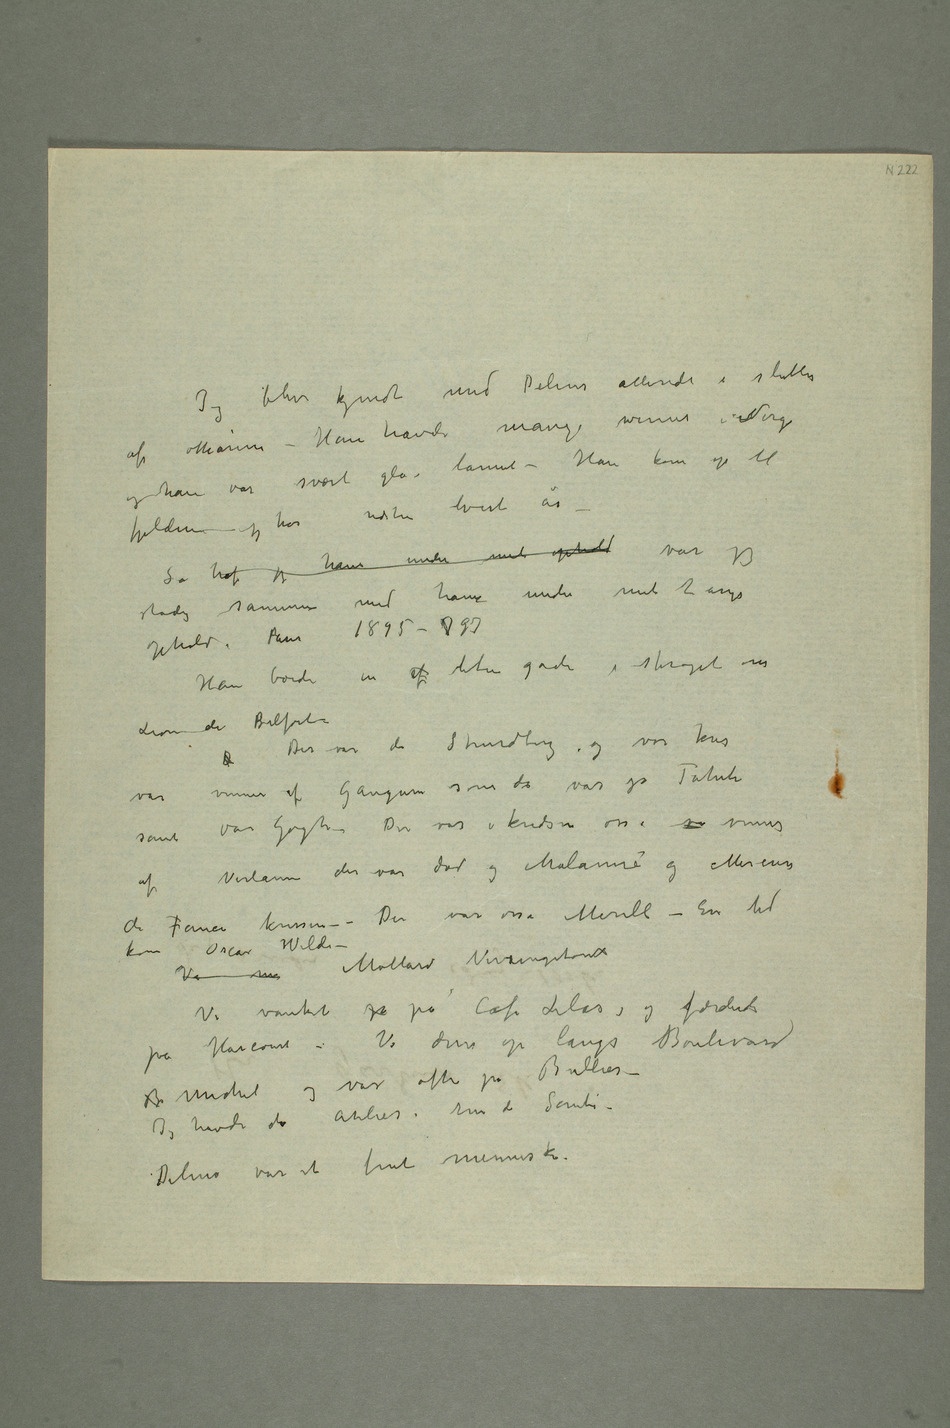
Jeg blev kjendt med Delius allerede i slutten
Han havde mange venner
lannet – Han kom op til fjeldene
– Så traf jeg ham under mit ophold var jeg
stadig sammen med ham under mit 2årige
Han boede en  liten gade i strøget rue
Lion de Belforte
D Der var da Strindberg og vor kres
var venner af Gauguin som da var på Tahiti
samt van Gogh – Der var i kredsen osså ve venner
av Verlaine der var død og Malarmé og Mercure
de France kressen – – Der var osså Merill – En tid
kom Oscar Wilde –
Vi  Mollard Vercingetorix
Vi vanket på på Café Lilas og færdedes
på Harcourt – Vi drev op langs Boulevard
B Michel og var ofte på Bullier –
Jeg havde da Atelier i rue de Santé
– Delius var et fint menneske.